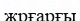
жрғарғы